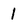
Character: I